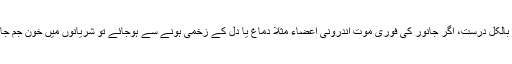
یونس: بالکل درست، اگر جانور کی فوری موت اندرونی اعضاء مثلاً دماغ یا دل کے زخمی ہونے سے ہوجائے تو شریانوں میں خون جم جاتا ہے۔